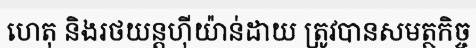
ហេតុ និងរថយន្តហ៊ីយ៉ាន់ដាយ ត្រូវបានសមត្ថកិច្ច